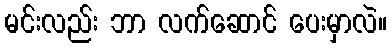
မင်းလည်း ဘာ လက်ဆောင် ပေးမှာလဲ။